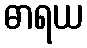
ဓာရယ